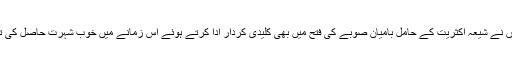
انہوں نے شیعہ اکثریت کے حامل بامیان صوبے کی فتح میں بھی کلیدی کردار ادا کرتے ہوئے اُس زمانے میں خوب شہرت حاصل کی تھی۔